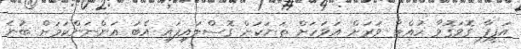
އަފީފާ ގޮވަގޮވާ ހުއްޓާ ވަރަށް އަވަހަށް ތަނަކަށް ގޮސްލައިފައި އެބަ އަންނަންކަމަށް ބުނެ